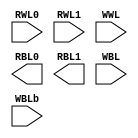
module toysram_16x12 (

   input  [0:15]     RWL0,
   input  [0:15]     RWL1,
   input  [0:15]     WWL,
   output [0:11]     RBL0,
   output [0:11]     RBL1,
   input  [0:11]     WBL,
   input  [0:11]     WBLb
);

endmodule